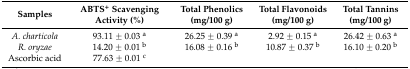
<table><thead><tr><td><b>Samples</b></td><td><b>ABTS<sup>+</sup> Scavenging Activity (%)</b></td><td><b>Total Phenolics (mg/100 g)</b></td><td><b>Total Flavonoids (mg/100 g)</b></td><td><b>Total Tannins (mg/100 g)</b></td></tr></thead><tbody><tr><td><i>A. charticola</i></td><td>93.11 ± 0.03 <sup>a</sup></td><td>26.25 ± 0.39 <sup>a</sup></td><td>2.92 ± 0.15 <sup>a</sup></td><td>26.42 ± 0.63 <sup>a</sup></td></tr><tr><td><i>R. oryzae</i></td><td>14.20 ± 0.01 <sup>b</sup></td><td>16.08 ± 0.16 <sup>b</sup></td><td>10.87 ± 0.37 <sup>b</sup></td><td>16.10 ± 0.20 <sup>b</sup></td></tr><tr><td>Ascorbic acid</td><td>77.63 ± 0.01 <sup>c</sup></td><td></td><td></td><td></td></tr></tbody></table>